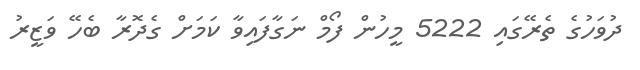
ދުވަހުގެ ތެރޭގައި 5222 މީހުން ފޯމް ނަގާފައިވާ ކަމަށް ގެދޮރާ ބެހޭ ވަޒީރު